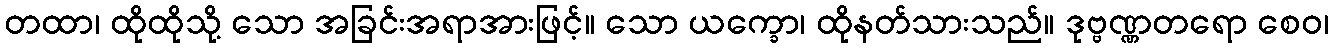
တထာ၊ ထိုထိုသို့ သော အခြင်းအရာအားဖြင့်။ သော ယက္ခော၊ ထိုနတ်သားသည်။ ဒုဗ္ဗဏ္ဏတရော စေဝ၊